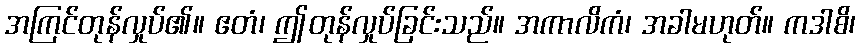
အကြင်တုန်လှုပ်၏။ ဧတံ၊ ဤတုန်လှုပ်ခြင်းသည်။ အကာလိကံ၊ အခါမဟုတ်။ ကဒါစိ၊